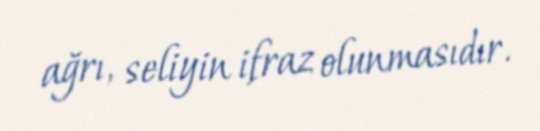
ağrı, seliyin ifraz olunmasıdır.